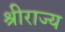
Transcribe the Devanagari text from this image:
श्रीराज्य